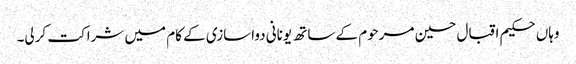
وہاں حکیم اقبال حسین مرحوم کے ساتھ یونانی دواسازی کے کام میں شراکت کرلی۔